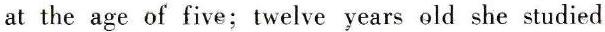
at the age of five; twelve years old she studied